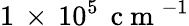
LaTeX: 1\, \times\, 10^{5}\, \mathrm{~c~m~}^{-1}